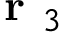
\textbf { r } _ { 3 }